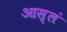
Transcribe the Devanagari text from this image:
आस्लं